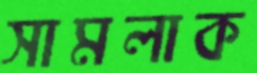
সামলাক